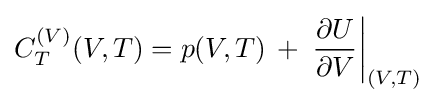
C_{T}^{(V)}(V,T)=p(V,T)\,+\,\left.{\frac {\partial U}{\partial V}}\right|_{(V,T)}\